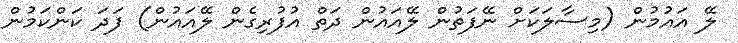
ލޭ އައުމުން (މިސާލަކަށް ނޭފަތުން ލޭއައުން ދަތް އުފުރިގެން ލޭއައުން) ފަދަ ކަންކަމުން